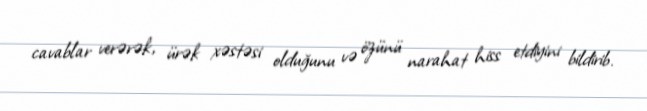
cavablar verərək, ürək xəstəsi olduğunu və özünü narahat hiss etdiyini bildirib.